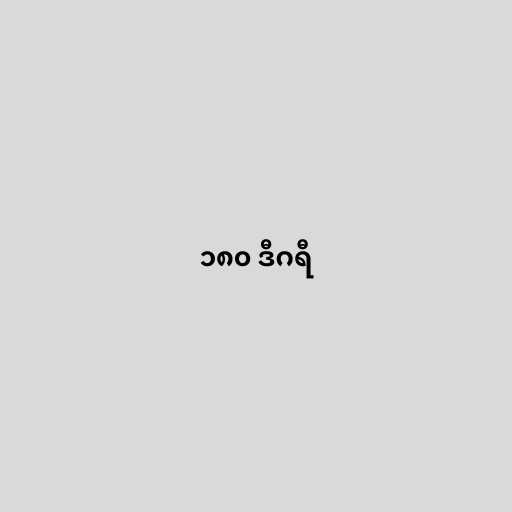
၁၈၀ ဒီဂရီ